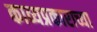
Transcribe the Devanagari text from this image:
काव्यप्रकाराच्या